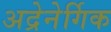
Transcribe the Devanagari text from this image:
अद्रेनेर्गिक